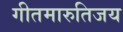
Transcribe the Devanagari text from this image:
गीतमारुतिजय